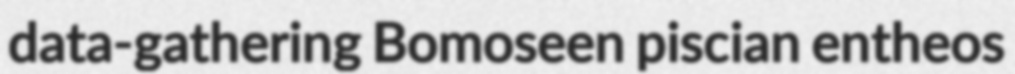
data-gathering Bomoseen piscian entheos